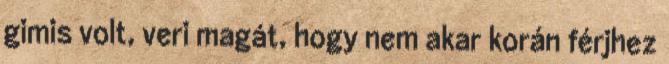
gimis volt, veri magát, hogy nem akar korán férjhez